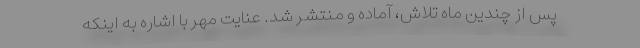
پس از چندین ماه تلاش، آماده و منتشر شد. عنایت مهر با اشاره به اینکه